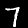
Digit: 7